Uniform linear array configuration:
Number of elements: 24
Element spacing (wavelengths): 0.75
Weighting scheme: hamming
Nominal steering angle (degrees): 45
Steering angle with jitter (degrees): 45.175
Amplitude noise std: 0.05
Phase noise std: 0.05

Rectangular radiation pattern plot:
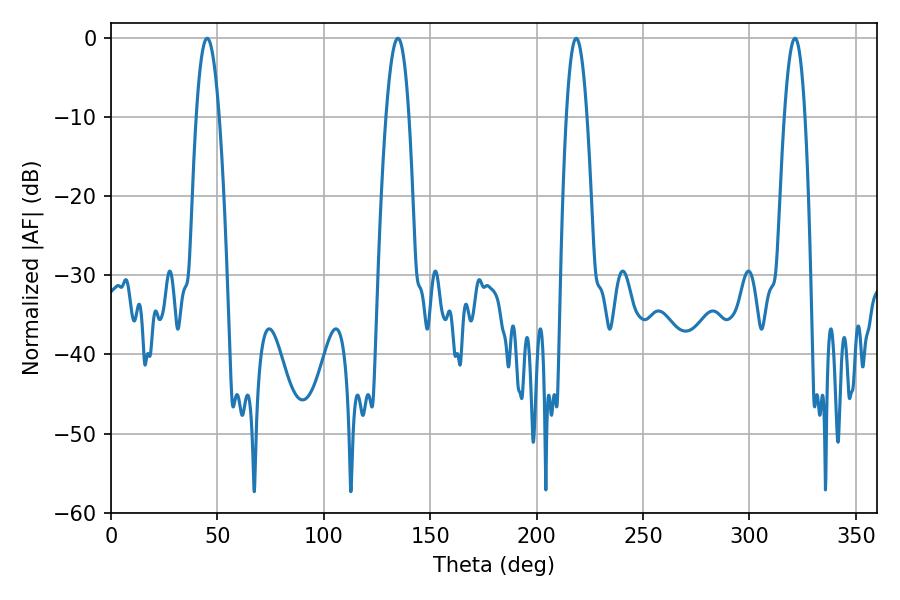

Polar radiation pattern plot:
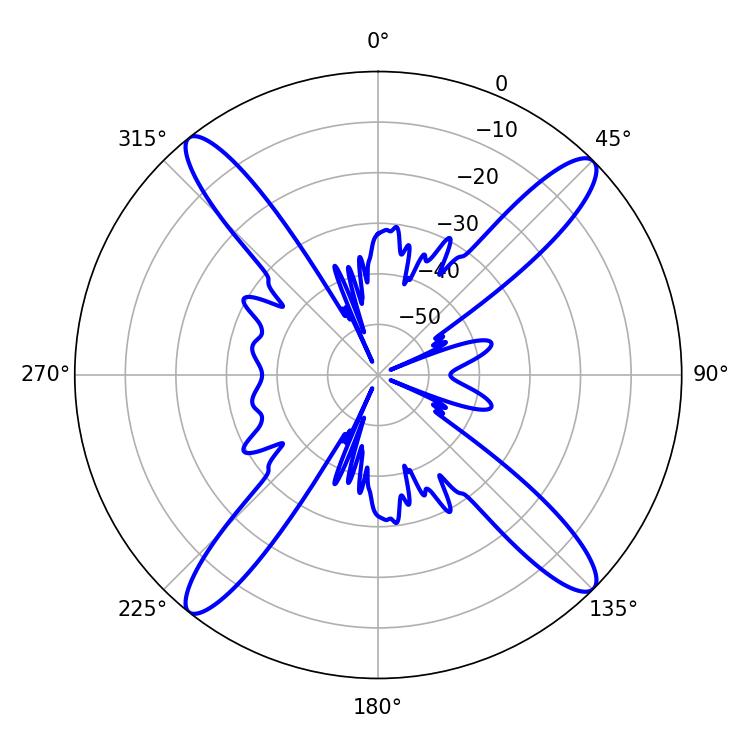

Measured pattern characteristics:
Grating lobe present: TRUE
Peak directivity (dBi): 17.869
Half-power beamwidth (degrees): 5.94
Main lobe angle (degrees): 45.18